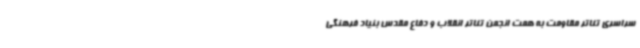
سراسری تئاتر مقاومت به همت انجمن تئاتر انقلاب و دفاع مقدس بنیاد فرهنگی